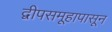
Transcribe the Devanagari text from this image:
द्वीपसमूहापासून